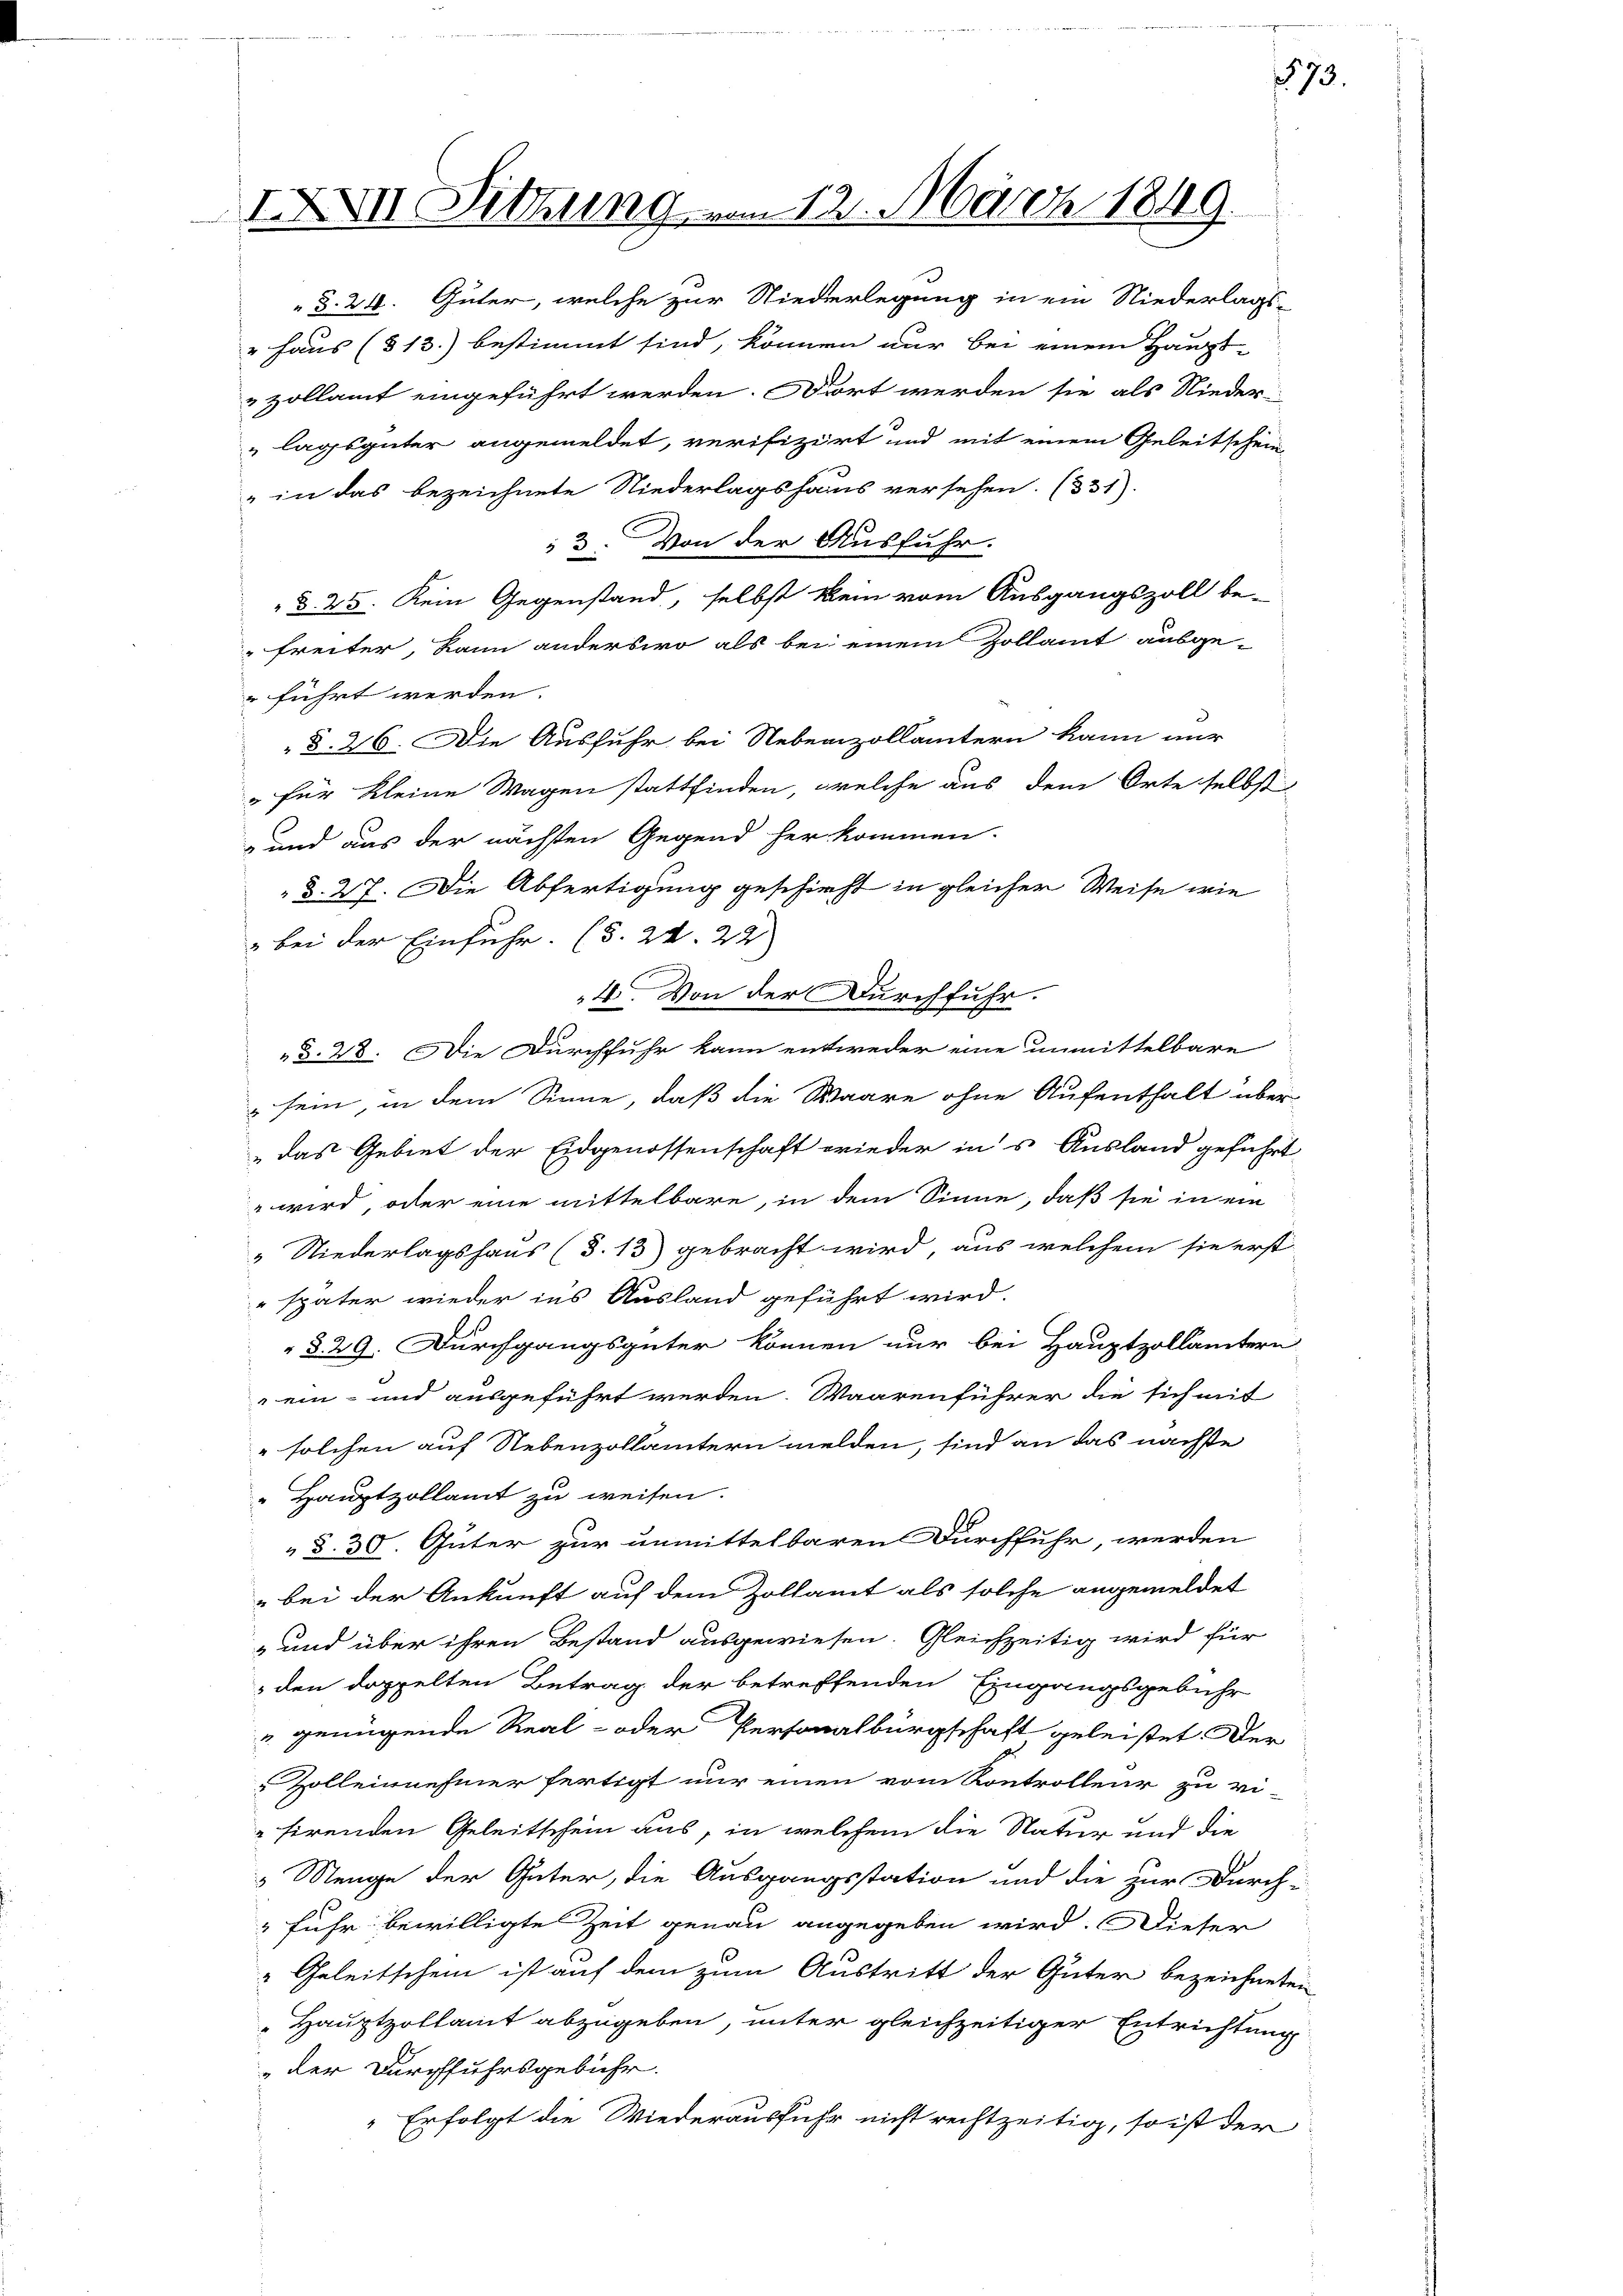
IXXII Sitzung vom 12. März 1849.

§. 24. Güter, welche zur Niederlegung in ein Niederlags-
" Haus (§13.) bestimmt sind, können nur bei einem Haupt-
zollamt eingeführt werden. Diert werden sie als Nieder-
lagsgüter angemeldet, verifizirt und mit einem Geleitschein
„in das bezeichnete Niederlagshaus versehen. (331)
3. Von der Ausfuhr.
§. 25. Kein Gegenstand, selbst kein vom Ausgangszoll be-
freiter, kann anderswo als bei einem Zollamt ausgeführt werden.
 §. 26. Die Ausfuhr bei Nebenzollämtern kann nur
" für kleine Wagen stattfinden, welche aus dem Orte selbst
und aus der nächsten Gegend herkommen.
 §. 27. Die Abfertigung geschieht in gleicher Weise wie
" bei der Einfuhr. (S. 24. 22)
§. 28. Die Durchfuhr kann entweder eine unmittelbare
 sein, in dem Sinne, daß die Waare ohne Aufenthalt über
das Gebiet der Eidgenossenschaft wieder in’s Ausland geführt
 wird, oder eine mittelbare, in dem Sinne, daß sie in ein
„Niederlagshaus (§. 13) gebracht wird, aus welchem sie erst
 später wieder ins Ausland geführt wird.
§. 29. Durchgangsgüter können nur bei Hauptzollämtern
ein- und ausgeführt werden. Waarenführer die sich mit
" solchen auf Nebenzollämtern melden, sind an das nächste
 Hauptzollamt zu weisen.
A
 §. 30. Güter zur unmittelbaren Durchfuhr, werden
" bei der Ankunft auf dem Zollamt als solche angemeldet
-und über ihren Bestand ausgewiesen. Gleichzeitig wird für
den doppelten Betrag der betreffenden Eingangsgebühr
" genügende Real- oder Personalbürgschaft geleistet der
Zolleinnehmer fertigt nur einen vom Kontrolleur zu vi-
sirenden Geleitschein aus, in welchem die Natur und die
 Menge der Güter, die Ausgangsstation und die zur Durch-
 fuhr bewilligte Zeit genau angegeben wird. Dieser
 Geleitschein ist auf dem zum Austritt der Güter bezeichneten
Hauptzollamt abzugeben, unter gleichzeitiger Entrichtung
„der Durchfuhrsgebühr.
Erfolgt die Wiederausfuhr nicht rechtzeitig, so ist der

4. Von der Durchfuhr.

73.